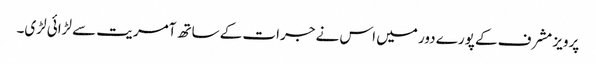
پرویز مشرف کے پورے دور میں اس نے جرات کے ساتھ آمریت سے لڑائی لڑی۔